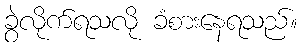
ခွဲလိုက်ရသလို ခံစားနေရသည်။